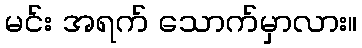
မင်း အရက် သောက်မှာလား။